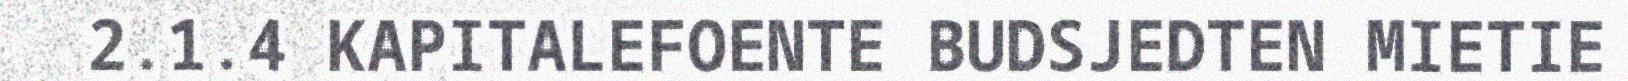
2.1.4 KAPITALEFOENTE BUDSJEDTEN MIETIE